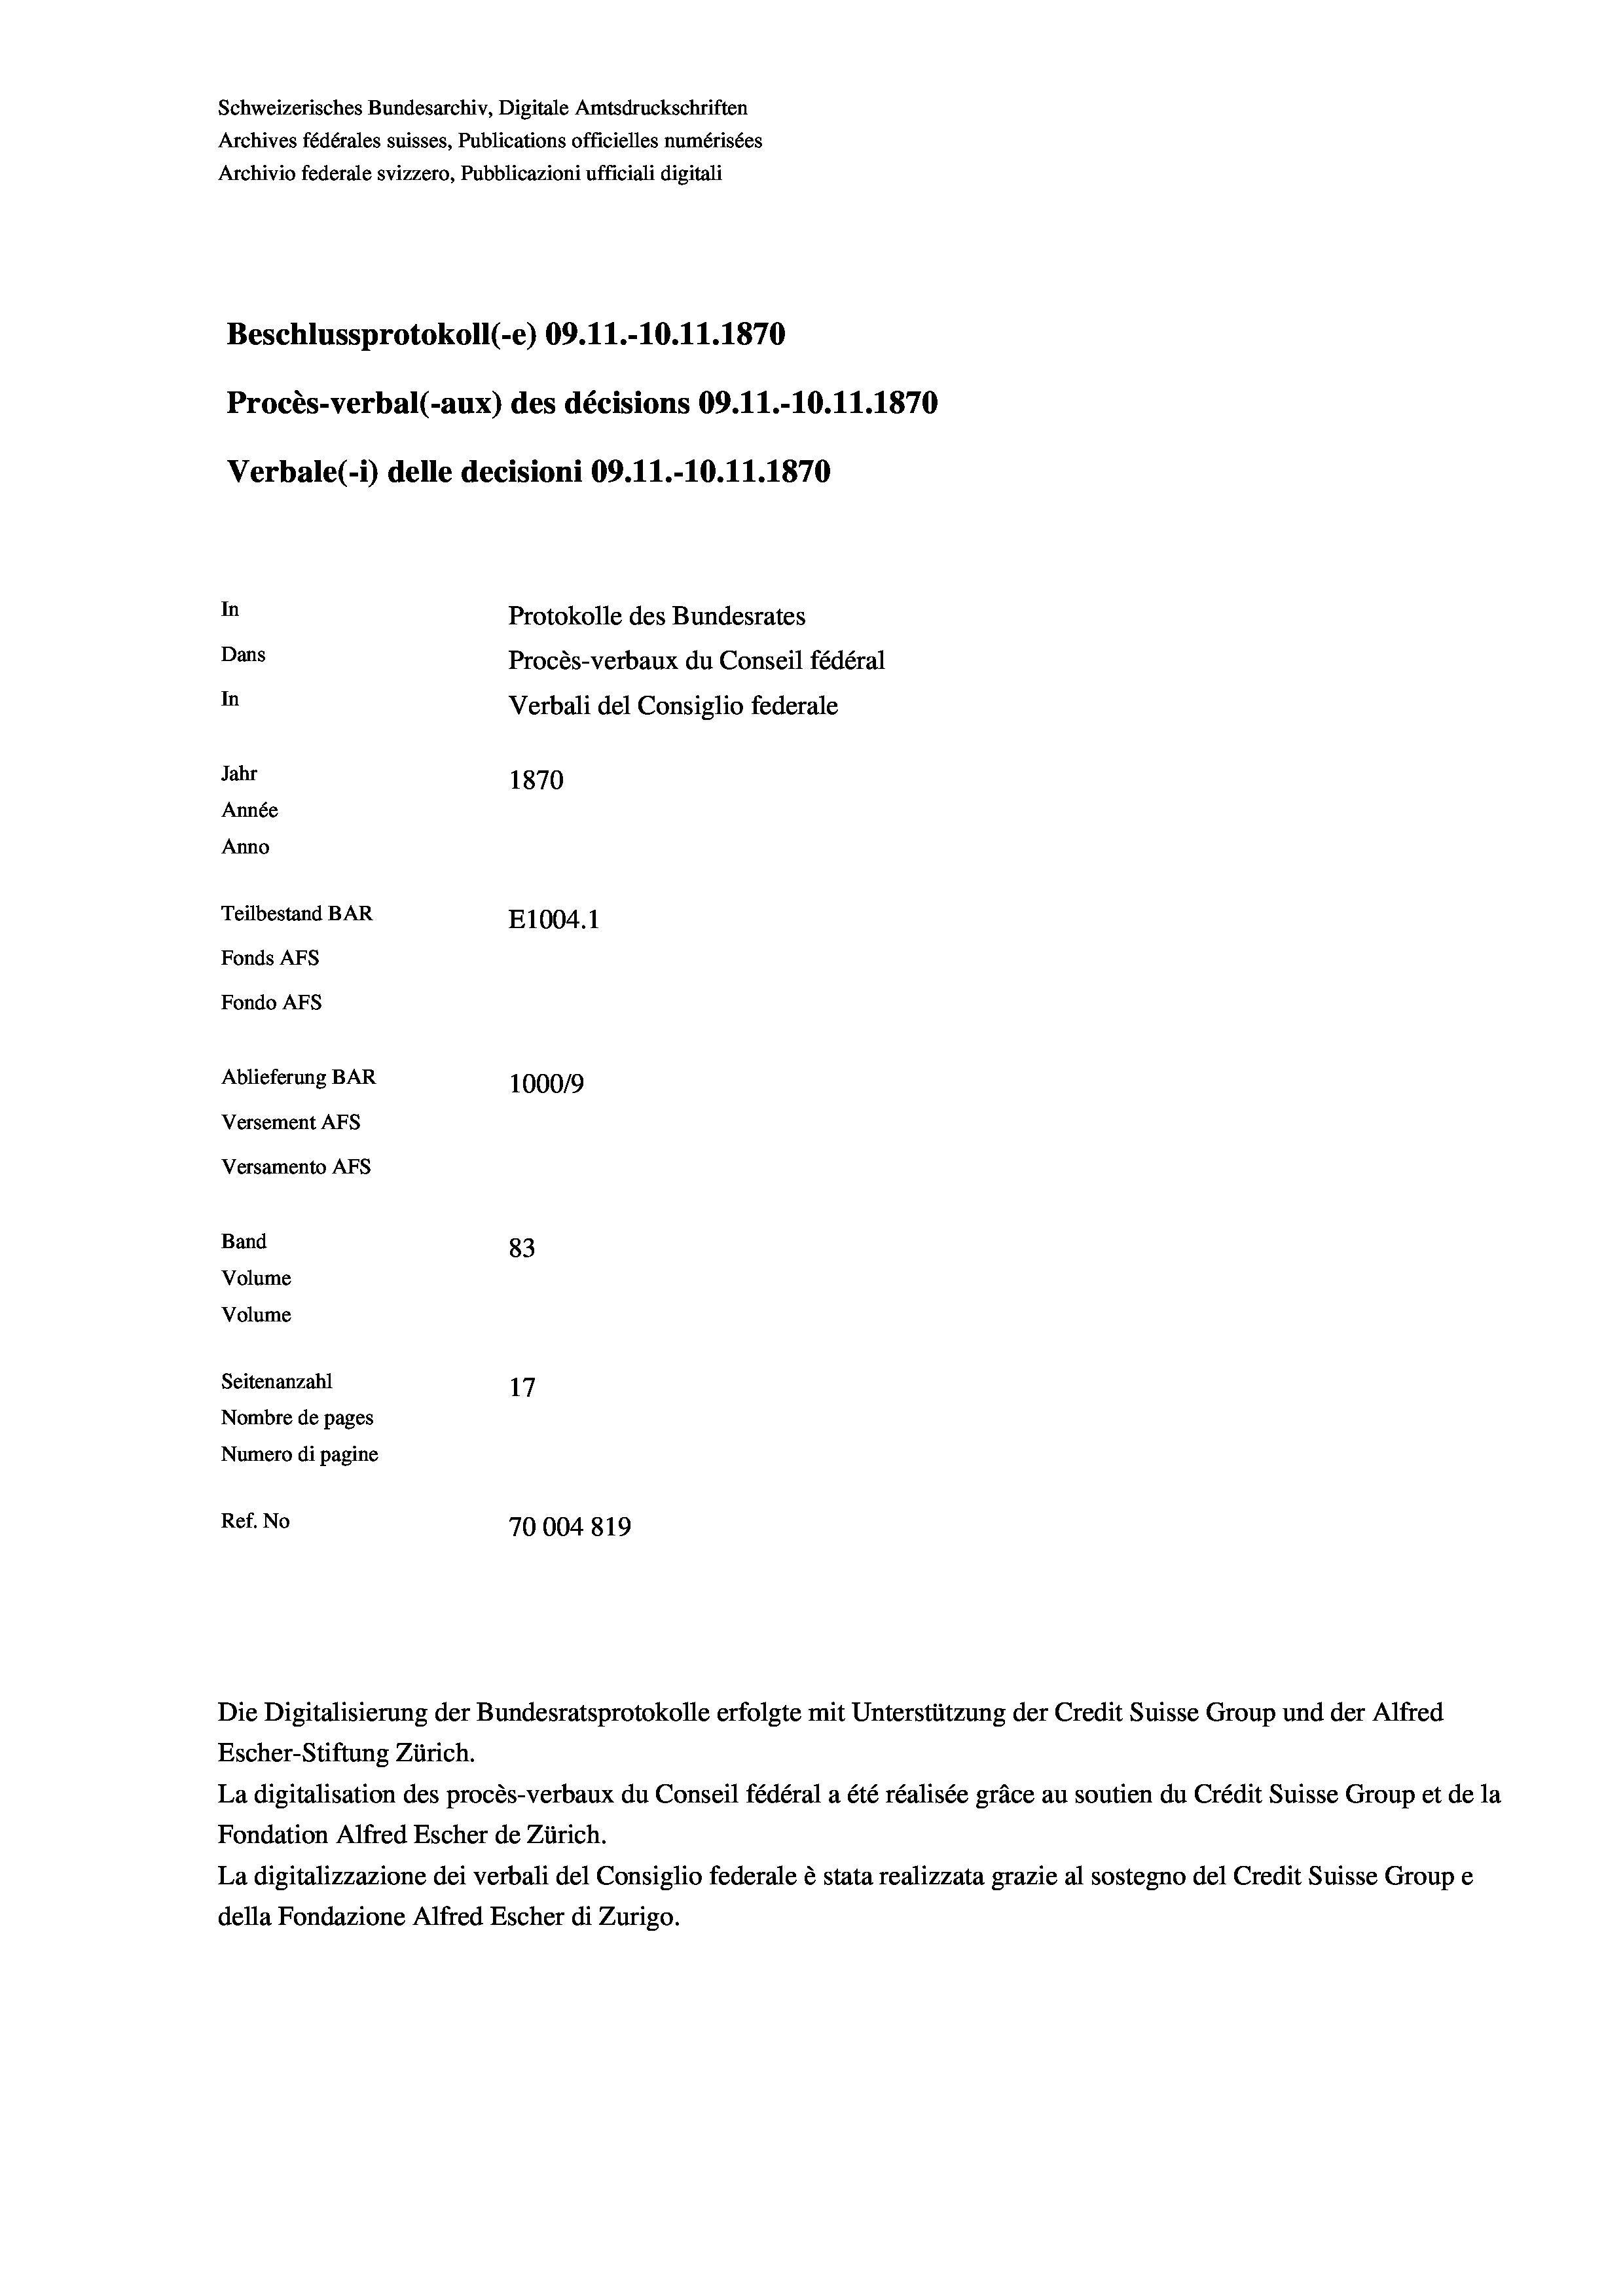
Schweizerisches Bundesarchiv, Digitale Amtsdruckschriften
Archives fédérales suisses, Publications officielles numérisées
Archivio federale svizzero, Pubblicazioni ufficiali digitali
Beschlussprotokoll (-e) 09. 11.-10.11.1870
Procès-verbal (-aux) des décisions 09.11.-10.11.1870
Verbale(-*) delle decisioni 09.11.-10.11.1870
In
Protokolle des Bundesrates
Dans
Procès-verbaux du Conseil fédéral
In
Verbali del Consiglio federale
Jahr
1870
Année
Anno
Teilbestand BAR
E1004. 1
Fonds AFs
Fondo AFS
Ablieferung BAR
100019
Versement AFs
Versamento AFs
Band
83
Volume
Volume
Seitenanzahl
17
Nombre de pages
Numero di pagine
Ref. No
70004819

Escher-Stiftung Zürich.
La digitalisation des procès-verbaux du Conseil fédéral a été réalisée gräce au soutien du Crédit Suisse Group et de la
Fondation Alfred Escher de Zürich.
La digitalizzazione dei verbali del Consiglio federale è stata realizzata grazie al sostegno del Credit Suisse Groupe
della Fondazione Alfred Escher di Zurigo.

Die Digitalisierung der Bundesratsprotokolle erfolgte mit Unterstützung der Credit Suisse Group und der Alfred